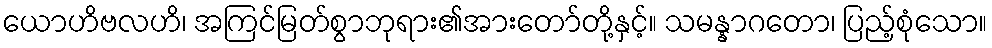
ယောဟိဗလဟိ၊ အကြင်မြတ်စွာဘုရား၏အားတော်တို့နှင့်။ သမန္နာဂတော၊ ပြည့်စုံသော။